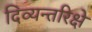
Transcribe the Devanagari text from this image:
दिव्यन्तरिक्षे